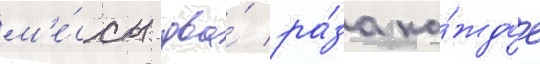
м'е́ссы два́ ра́за ка́ждое